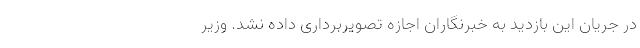
در جریان این بازدید به خبرنگاران اجازه تصویربرداری داده نشد. وزیر